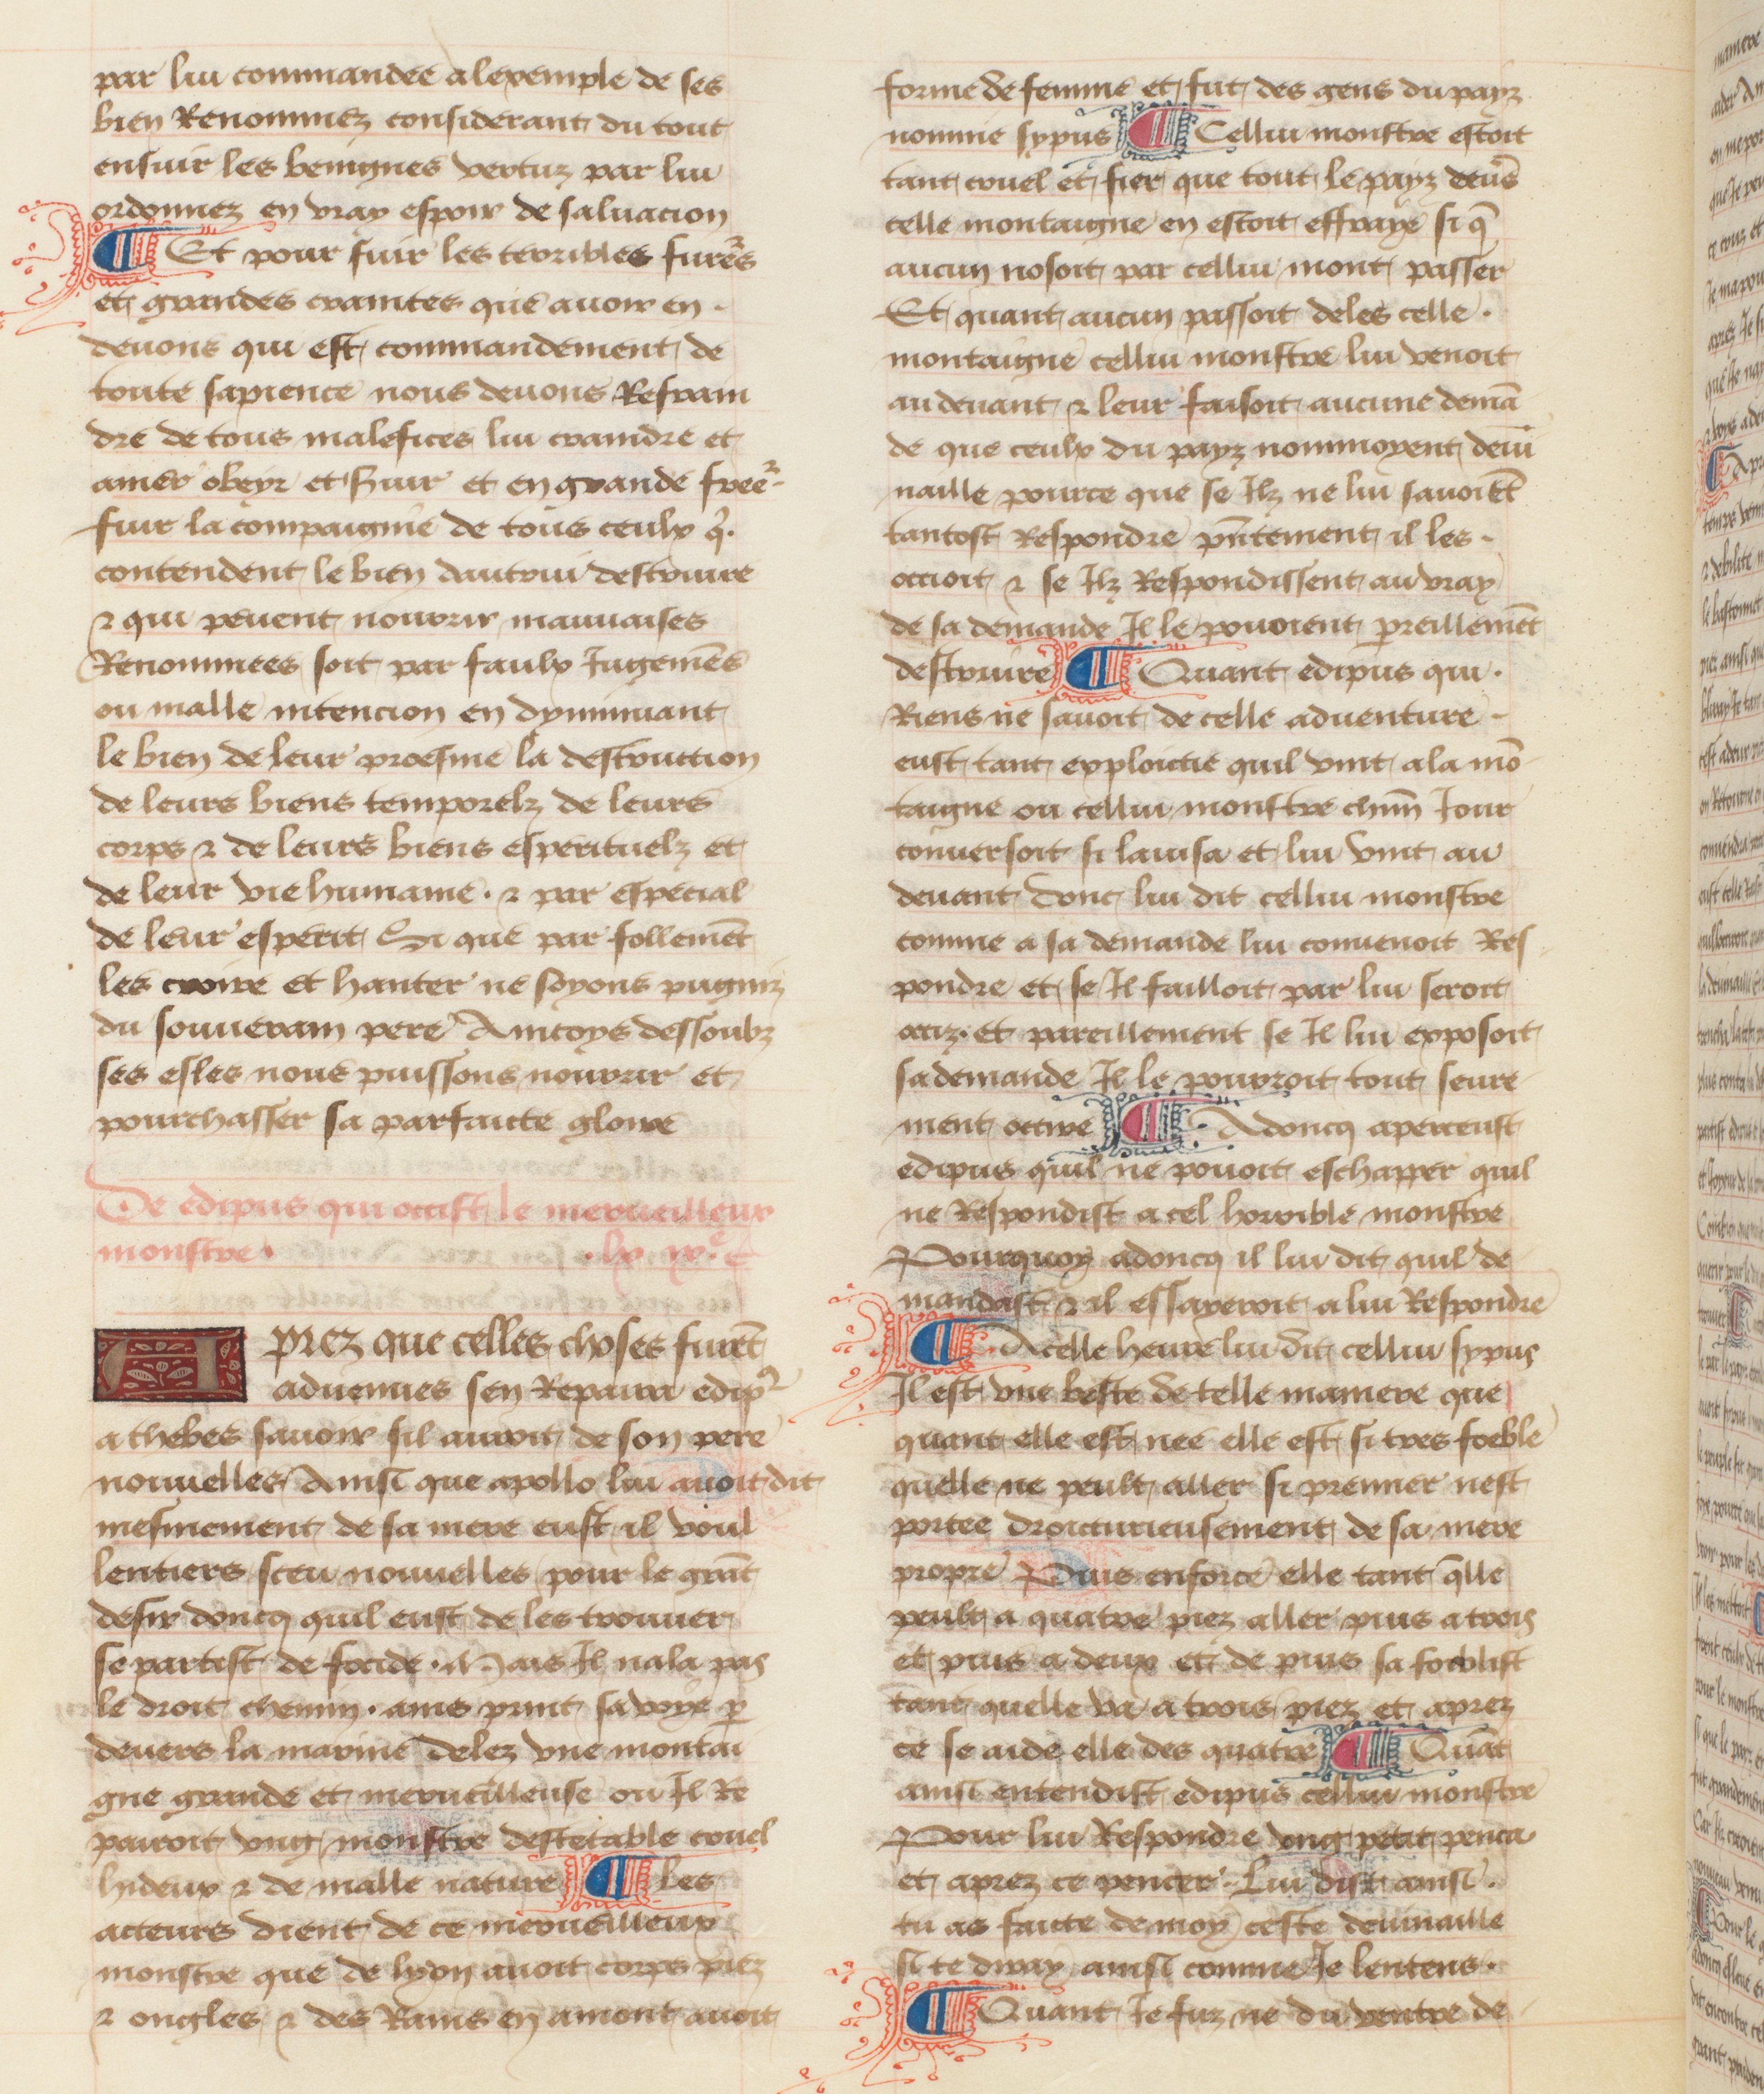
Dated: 1457–1482